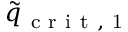
\tilde { q } _ { \mathrm { ~ c ~ r ~ i ~ t ~ , ~ 1 ~ } }